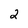
Character: 2